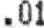
.01